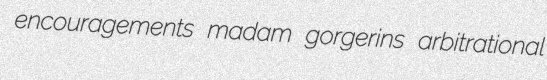
encouragements madam gorgerins arbitrational